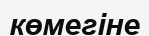
көмегіне